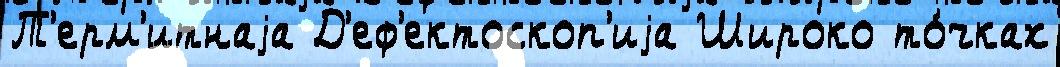
Т'ерм'итнаjа Д'еф'ектоскоп'иjа Широко то́чках